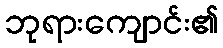
ဘုရားကျောင်း၏